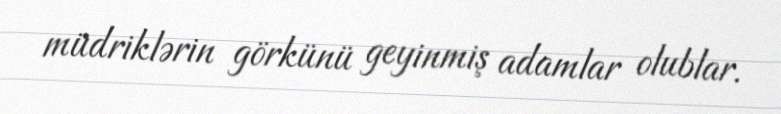
müdriklərin görkünü geyinmiş adamlar olublar.